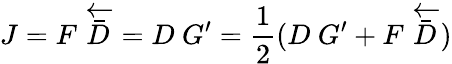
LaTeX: J=F~\overleftarrow{\bar{D}}=D~G^{\prime}=\frac{1}{2}(D~G^{\prime}+F~\overleftarrow{\bar{D}})